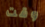
وقت